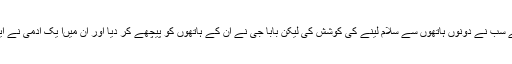
مبشر ارشد حفظہ اللہ بیان کرتے ہیں :’’ایک دن بابا جی کے پاس کچھ لوگ آئے سب نے دونوں ہاتھوں سے سلام لینے کی کوشش کی لیکن بابا جی نے ان کے ہاتھوں کو پیچھے کر دیا اور ان میںا یک آدمی نے ایک ہاتھ سے سلام لیا بابا جی اس سے سلام لیا بلکہ اس کے ہاتھ کو چوما بھی ۔